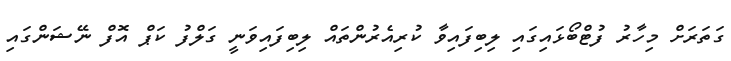
ގަތަރަށް މިހާރު ފުޓްބޯޅައިގައި ލިބިފައިވާ ކުރިއެރުންތައް ލިބިފައިވަނީ ގަލްފު ކަޕް އޮފް ނޭޝަންގައި